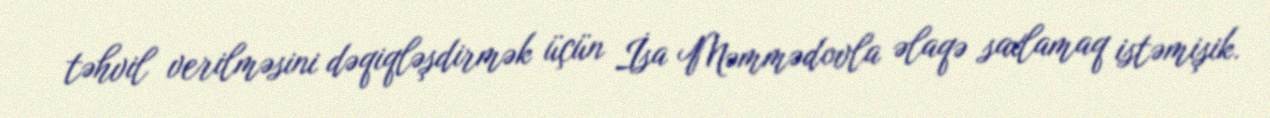
təhvil verilməsini dəqiqləşdirmək üçün İsa Məmmədovla əlaqə saxlamaq istəmişik.